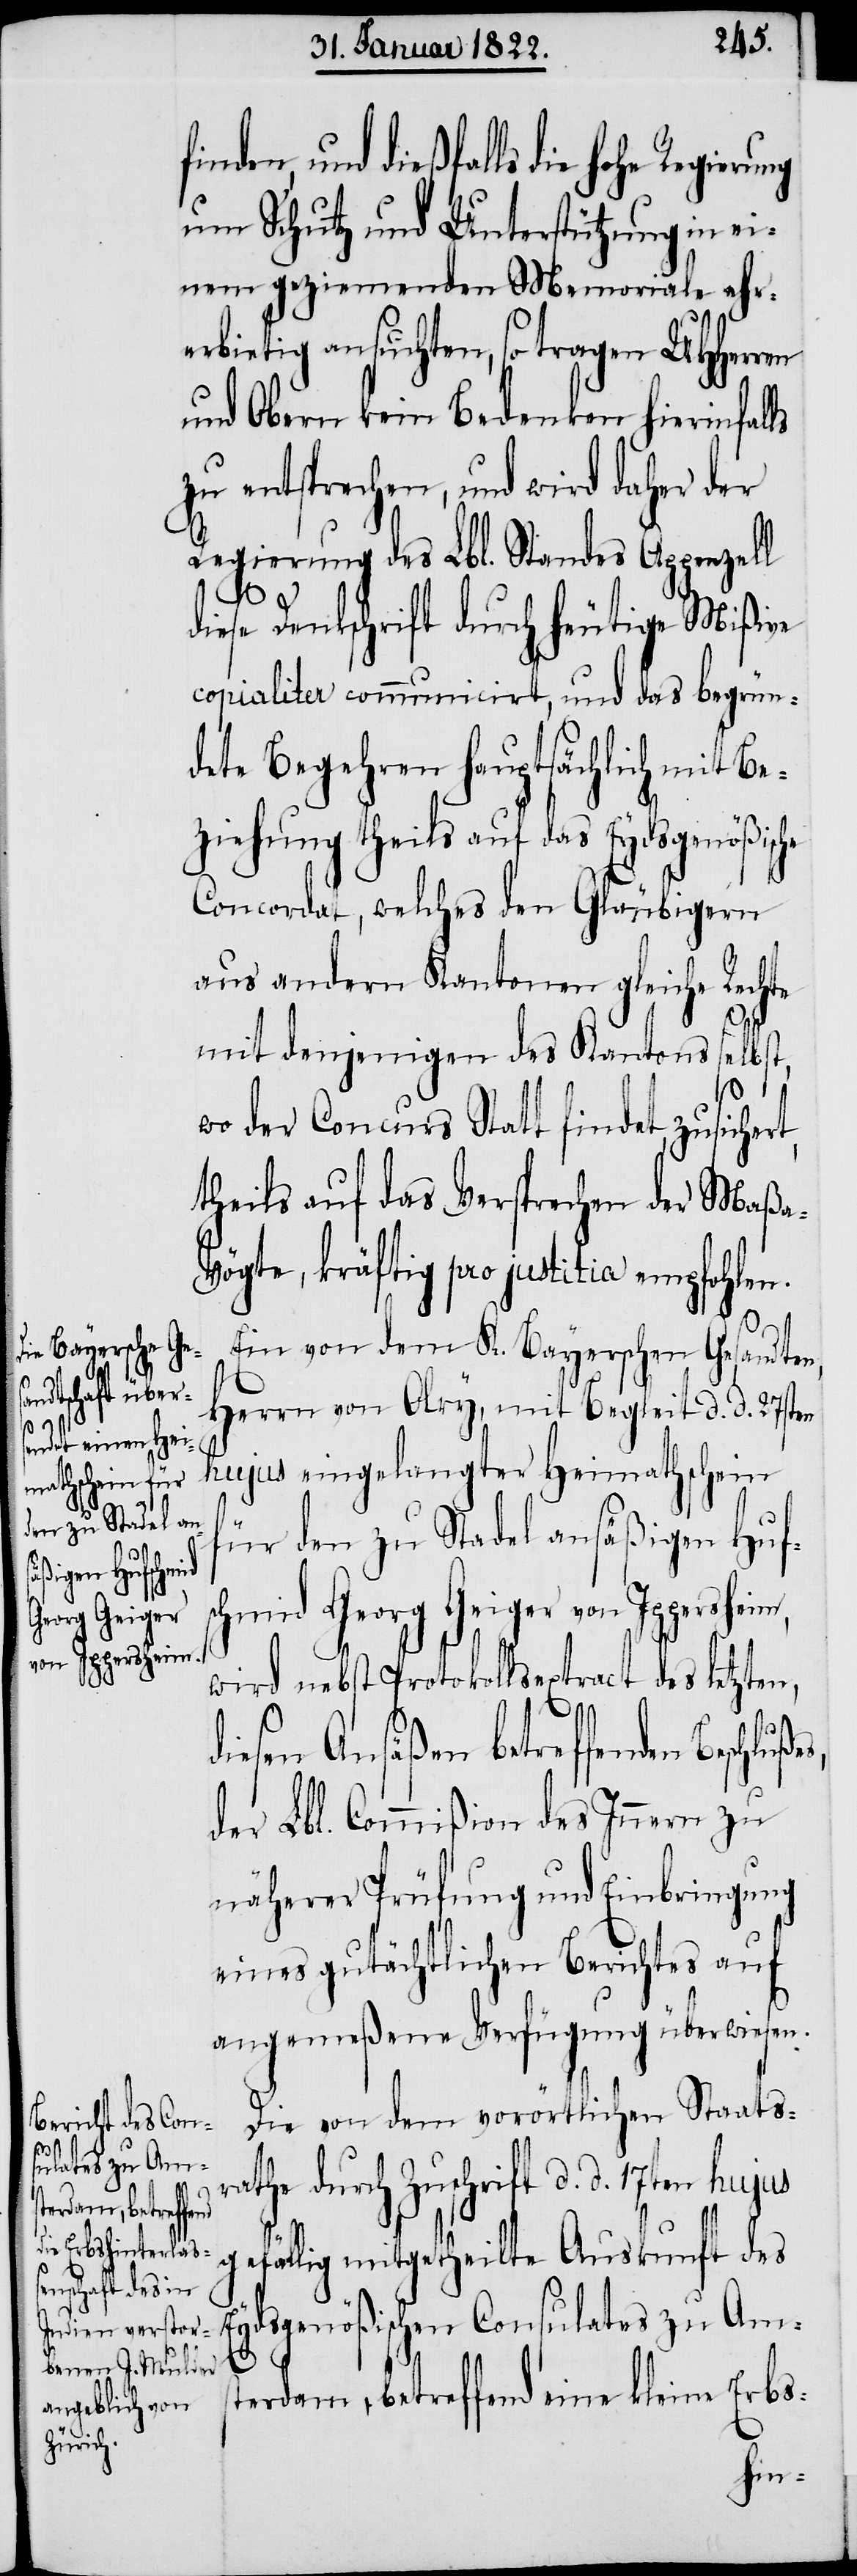
schmid
Georg Geiger
von Iggersheim,
E¬

und dießfalls die hohe Regier¬
um Schutz und Unterstützung in ei¬
nem geziemenden Memoriale ehr¬
erbietig ansuchten, so tragen UHHerren
und Obern kein Bedenken hierinfal¬
zu entsprechen, und wird daher der
Regierung des Lbl. Standes Appenzell
diese Denkschrift durch heutige Mißive
copialiter communicirt, und das begrün¬
dete Begehren hauptsächlich mit Be¬
ziehung theils auf das Eydsgenößische
Concordat, welches den Gläubigern
aus andern Kantonen gleiche Rechte
mit denjenigen des Kantons selbst,
wo der Concurs Statt findet, zusiche¬
theils auf das Versprechen der Maßa-V¬
ögte, kräftig pro justitia empfohlen.
Ein von dem K. Bayerschen Gesandten,
Herrn von Olry, mit Begleit d. d. 27sten
hujus eingelangter Heimathschein
für den zu Stadel ansäßigen Huf¬
wird nebst Protokollsextract des letzten,
diesen Ansäßen betreffenden
der Lbl. Commißion des Innern zu
näherer Prüfung und Einbringung
eines gutächtlichen Berichtes auf
angemeßene Verfügung überwiesen.
Die von dem vorörtlichen Staats¬
rathe durch Zuschrift d. d. 17ten hujus
gefällig mitgetheilte Auskunft des
ydsgenößischen Consulates zu Ams¬
terdam, betreffend eine kleine Erbs-
ung